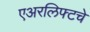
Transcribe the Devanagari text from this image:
एअरलिफ्टचे